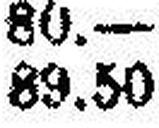
89.50